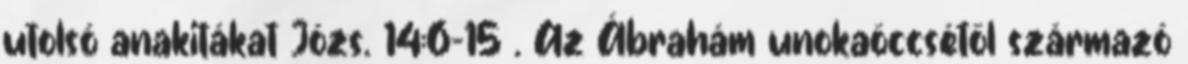
utolsó anakitákat Józs. 14:6-15 . Az Ábrahám unokaöccsétől származó